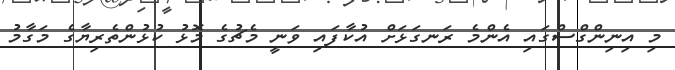
މި އިނިންގްސްގައި އެންމެ ރަނގަޅަށް އުކާފައި ވަނީ މެޗުގެ މޮޅު ކުޅުންތެރިޔާގެ މަގާމު